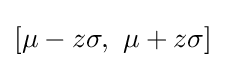
\left[\mu -z\sigma ,\ \mu +z\sigma \right]